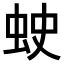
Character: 𧊍